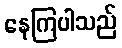
နေကြပါသည်